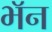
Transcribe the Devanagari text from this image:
भॅन